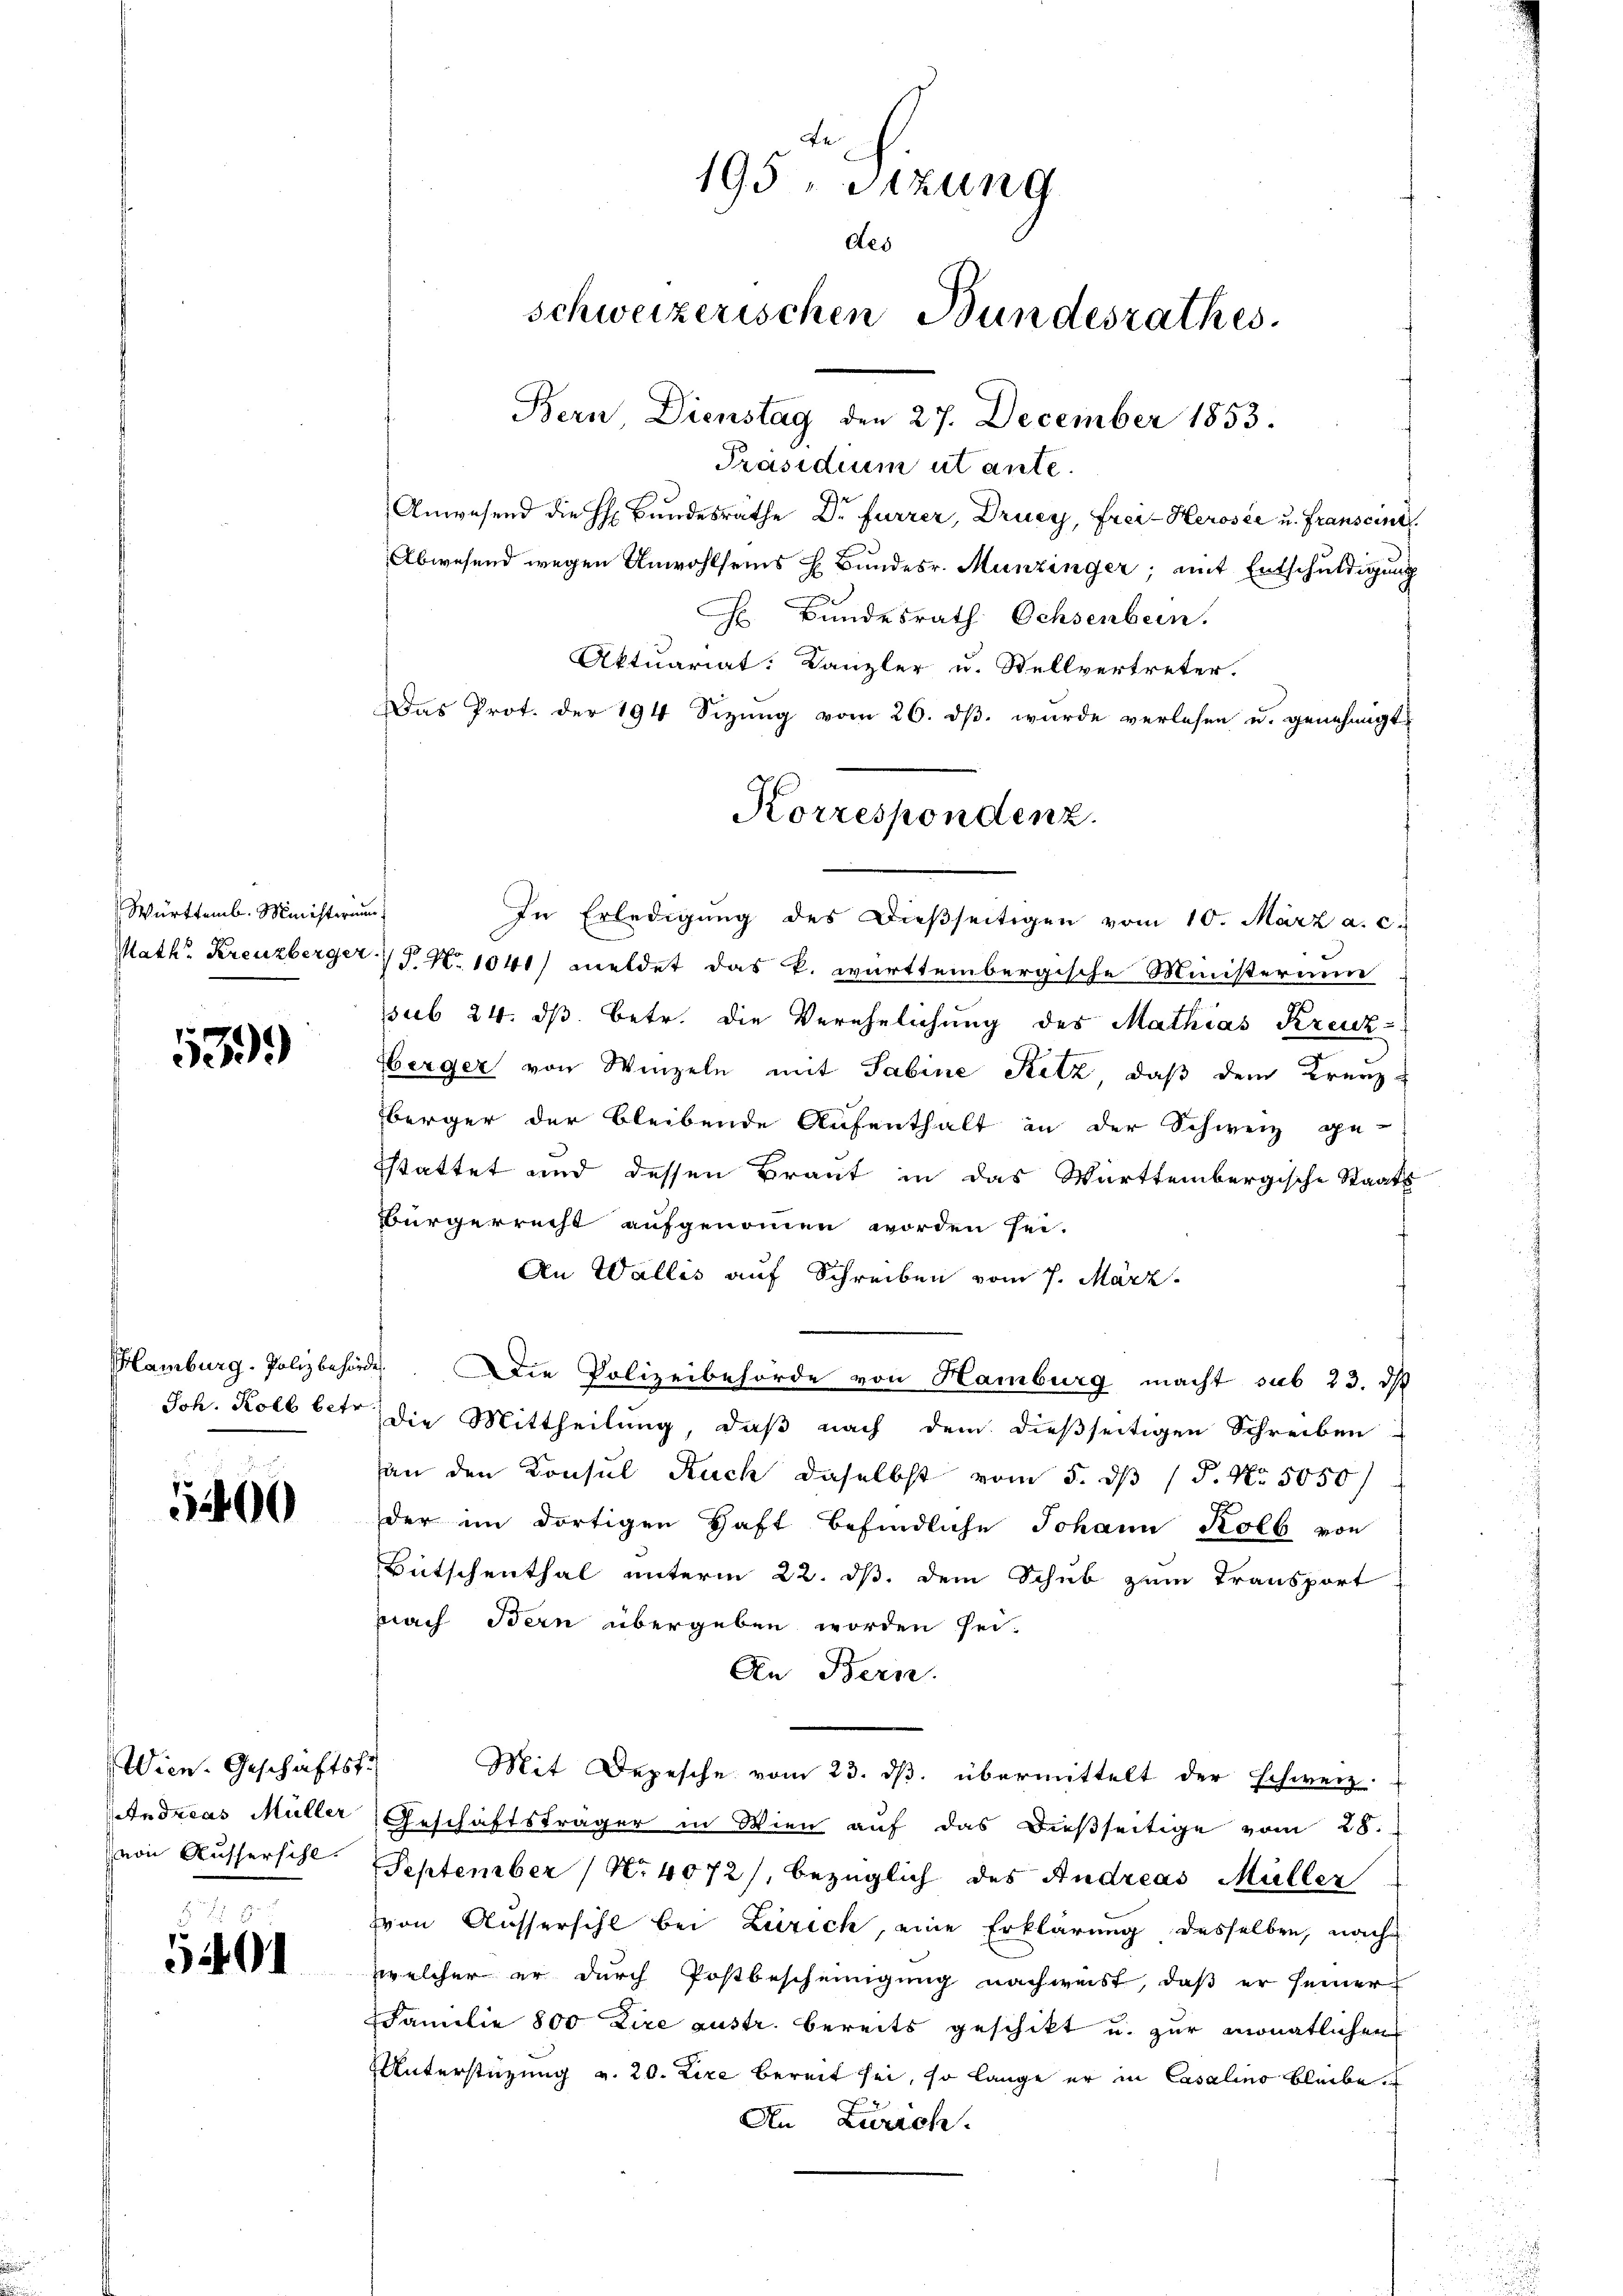
Württemb. Ministerin
Math. Kreuzberger

2
399

Hamburg. Polizbehö
Joh. Kolb betr

5400

Wien. Geschäftst
Andreas Müller
von Russersihl.

5401

195 u. Sitzung
des
schweizerischen Bundesrathes.
Bern Dienstag den 27. December 1853.
Präsidium ut ante.
Anwesend die Hr. Bundesrathe Dr. Furrer, Drucy, Frei-Herosee u. Franseine
Abwesend wegen Unwohlseins H. Bundesr. Munzinger; mit Entschuldigung
Bundesrath Ochsenbern.
Aktuariat: Kanzler u. Stellvertreter.
Das Prot. der 194 Sizung vom 26. dβ. wurde verlesen u. genehmigt

Korrespondenz.

In Erledigung des Dießseitigen vom 10. März a. c.
§ N. 1041) meldet das k. württembergische Ministerium
sub 24. ds. betr. die Verehelichung des Mathias Kreuz-
berger von Winzeln mit Sabine Retz, daß dem Kreuz-
berger der bleibende Aufenthalt in der Schweiz ge-
sstattet und dessen Braut in das Württembergische Staats-
Bürgerrecht aufgenommen worden sei.
An Wallis auf Schreiben vom 7. März
. Die Polizeibehörde von Hamburg macht sub 23. ds
Die Mittheilung, daß nach dem dießseitigen Schreiben
(an den Konsul Ruch daselbst vom 5. ds P. Nr. 5050
der im dortigen Haft befindliche Johann Kolb von
Bütschenthal unterm 22. ds. dem Schub zum Transport
pach Bern übergeben worden sei.
An Bern.
Mit Depesche vom 23. ds. übermittelt der schweiz.
Geschäftsträger in Wien auf das dießseitige vom 28.
September (N.4072/, bezüglich des Andreas Müller
von Aussersihl bei Zürich, eine Erklärung desselben, nach
welcher er durch Postbescheinigung nachweist, daß er seiner
Familie 800 Lire austr. bereits geschikt u. zur monatlichen
Unterstüzung v. 20. Lire bereit sei, so lange er in Casalins bleibe
An Zürich.